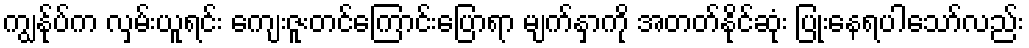
ကျွန်ုပ်က လှမ်းယူရင်း ကျေးဇူးတင်ကြောင်းပြောရာ မျက်နှာကို အတတ်နိုင်ဆုံး ပြုံးနေရပါသော်လည်း